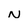
Character: N